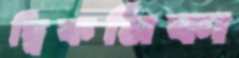
দ্বিকর্মিকা